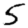
Digit: 5